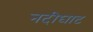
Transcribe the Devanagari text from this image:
नदीघाट